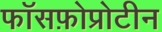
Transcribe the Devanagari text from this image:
फॉसफ़ोप्रोटीन